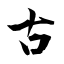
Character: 古